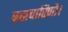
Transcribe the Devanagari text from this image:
ब्रह्मचारिणौ।